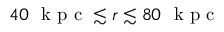
4 0 ~ \mathrm { ~ k ~ p ~ c ~ } \lesssim r \lesssim 8 0 ~ \mathrm { ~ k ~ p ~ c ~ }